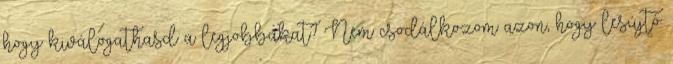
hogy kiválogathasd a legjobbakat? Nem csodálkozom azon, hogy lesújtó